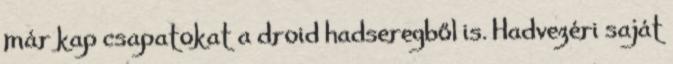
már kap csapatokat a droid hadseregből is. Hadvezéri saját